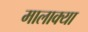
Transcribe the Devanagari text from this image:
मालाक्‍या